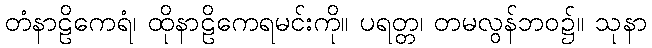
တံနာဠိကေရံ၊ ထိုနာဠိကေရမင်းကို။ ပရတ္တ၊ တမလွန်ဘဝ၌။ သုနာ